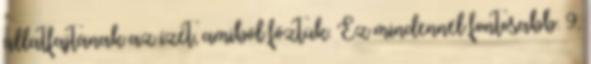
állatfajtának az ízét, amiből főztük. Ez mindennél fontosabb. 9.